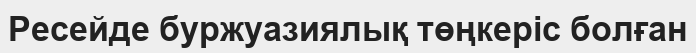
Ресейде буржуазиялық төңкеріс болған